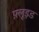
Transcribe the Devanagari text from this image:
फ़्लूइड